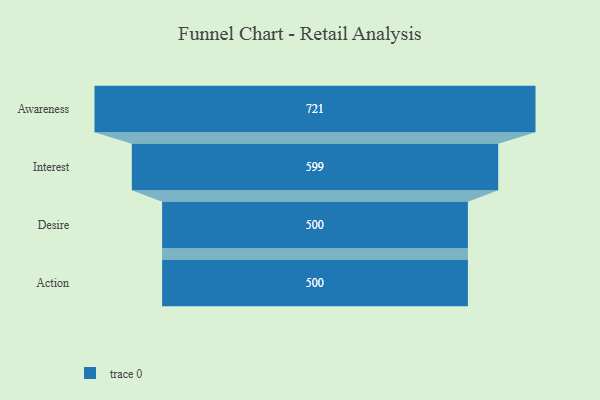
{"axis": {"x": "Stage", "y": "Value"}, "legend": [""], "data": [{"x": "Awareness", "y": 721.0, "type": ""}, {"x": "Interest", "y": 599.0, "type": ""}, {"x": "Desire", "y": 500, "type": ""}, {"x": "Action", "y": 500, "type": ""}]}